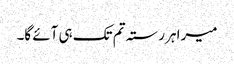
میرا ہر رستہ تم تک ہی آئے گا۔